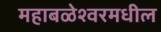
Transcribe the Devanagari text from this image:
महाबळेश्वरमधील